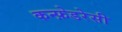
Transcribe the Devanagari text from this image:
कन्फ़ेडरेसी